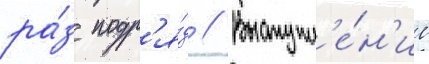
ра́з подр'я́д // Выступл'е́н'ие